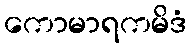
ကောမာရကမိဒံ